system: You are a helpful assistant.
user:
Analyze the provided spectrum to determine if it is a **White Dwarf (WD)**.

A White Dwarf spectrum is defined by its **extreme purity** (due to gravitational settling) and/or **extreme pressure broadening** (due to high surface gravity). You must check for one of the following mutually exclusive signatures:

- **Key Visual Indicators (Check for ONE of these types):**

    - **1. DA-Type Signature (Most Common):**
        - **(Primary Feature):** Extreme pressure broadening (Stark broadening) of the **Hydrogen (H) Balmer lines**.
        - **(Key Lines):** $H\beta$ (approx. $4861$ Å) and $H\gamma$ (approx. $4340$ Å). $H\alpha$ (approx. $6563$ Å) will also be present if the wavelength range covers it.
        - **(Line Profile):** This is the **defining feature**. The lines are **NOT** sharp. They appear as massive, **extremely broad and deep "troughs" or "dips"** in the spectrum, often hundreds of Ångströms wide. The continuum will appear to "scoop" down at these wavelengths.
        - **(Distinction):** Normal A-type or B-type stars have *narrow* and *sharp* Hydrogen lines. A DA White Dwarf's lines are unmistakably "smeared" or "blurry" from pressure.

    - **2. DB-Type Signature:**
        - **(Primary Feature):** Broad absorption lines from **Neutral Helium (He I)**. The spectrum must lack any visible Hydrogen lines.
        - **(Key Lines):** Look for broad absorption near $4471$ Å, $4921$ Å, and $5876$ Å.
        - **(Line Profile):** These lines are also significantly pressure-broadened, appearing much wider than they would in a normal B-type main-sequence star.

    - **3. DC-Type Signature:**
        - **(Primary Feature):** A **featureless continuous spectrum**.
        - **(Line Profile):** The spectrum is a smooth curve with **no significant absorption or emission lines**.
        - **(Key Confirmation):** The continuum is almost always **blue or white**, indicating a hot object. This signature implies the atmosphere is so pure (or so cool) that no spectral lines are visible in the optical range. Its WD identity is confirmed by its extremely low intrinsic brightness (high absolute magnitude).

    - **4. DZ-Type Signature (Metal-Polluted):**
        - **(Primary Feature):** **Isolated, narrow metal absorption lines** on an otherwise featureless (DC-like) continuum.
        - **(Key Lines):** The **Calcium (Ca II) H & K doublet** (approx. **$3934$ Å** and **$3968$ Å**) is the most common and defining feature.
        - **(Line Profile):** These lines are "out of place." They are *not* part of a "forest" of thousands of lines. This signature is evidence of recent *accretion* (pollution) from rocky debris.
        - **(Distinction):** Normal G/K/M stars have a *dense forest* of thousands of metal lines. A DZ has a *clean* continuum with *only a few* strong metal lines.

    - **5. DQ-Type Signature (Carbon-Polluted):**
        - **(Primary Feature):** Absorption bands from **Carbon (C₂ "Swan Bands" or atomic C I)**.
        - **(Key Lines - C₂):** Look for bandheads with a "saw-tooth" shape near $5635$ Å, **$5165$ Å** (strongest), and $4737$ Å.
        - **(Key Confirmation):** The underlying **continuum must be blue or white** (hot).
        - **(Distinction):** This is the critical difference from a **Carbon Star**, which has the *exact same* C₂ bands but on an extremely **red, cool** continuum.

- **(Overall Spectrum):**
    - The continuum (overall shape) is typically **blue-sloping** (brighter in the blue than the red), as most white dwarfs are very hot.
    - The spectrum will look "pure" or "simple," dominated by only *one* of the five signatures listed above.

Think first, call **spectral_visualization_tool** if needed to examine features in detail, then provide your final answer. Your response must adhere to the following strict rules:
1.  **Overall Structure:** Your response must follow the format `<think>...</think> <tool_call>...</tool_call> (if a tool is used) <answer>...</answer>`.
2.  **Tool Usage Constraint:** You may only make **one** tool call per turn.
3.  **Final Answer Format:** In the `<answer>` tag, your conclusion must be inside a `\boxed{}` command (e.g., `\boxed{YES}` or `\boxed{NO}`), followed by your justification.

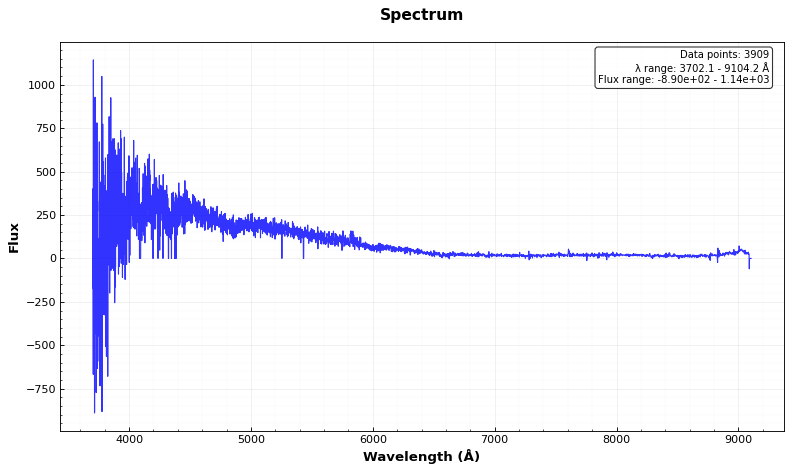
Answer: YES